Report on lock hospitals in British Burma
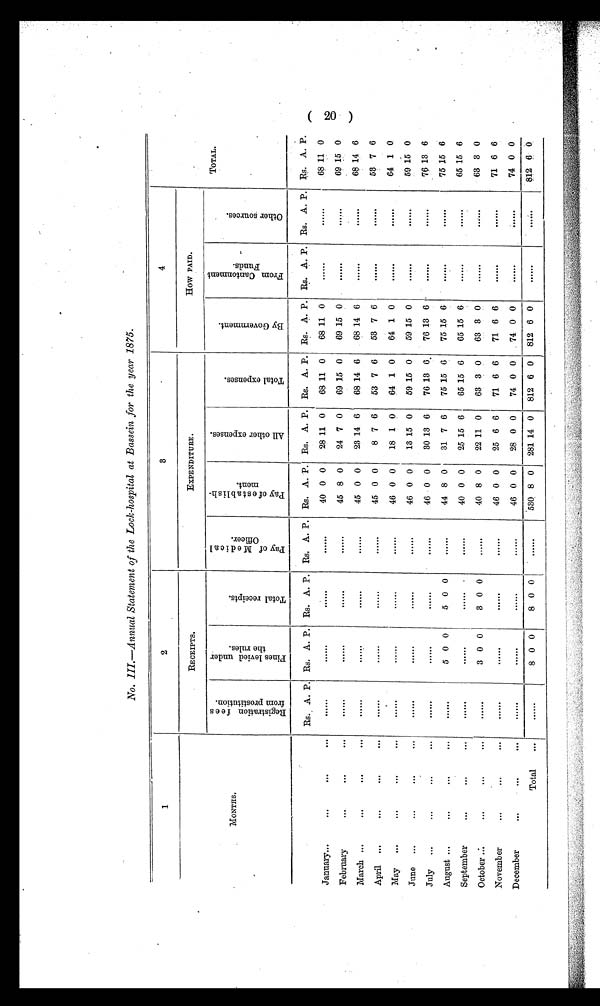
No. III.—Annual Statement of the Lock-hospital at Bassein for the year 1875.
1
2
3
4
TOTAL.
MONTHS .
RECEIPTS .
EXPENDITURE .
HOW PAID.
R e g i s t r a t i o n f e e s
f r o m p r o s t i t u t i o n .
F i n e s l e v i e d u n d e r
t h e r u l e s .
T o t a l r e c e i p t s .
P a y o f M e d i v a l
O f f i c e r .
P a y o f e s t a b l i s h -
m e n t .
A l l o t h e r e x p e n s e s .
T o t a l e x p e n s e s .
B y G o v e r n m e n t .
F r o m C a n t o n m e n t
F u n d s .
O t h e r s o u r c e s .
Rs. A. P. Rs. A. P. Rs. A. P. Rs. A. P. Rs. A. P. Rs. A. P. Rs. A. P. Rs. A. P. Rs. A. P. Rs. A. P. Rs. A. P.
January...
. . .
. . .
...
......
......
......
.....
40 0 0
28 11 0
68 11 0
68 11 0 ......
......
68 11 0
February
. . .
. . .
. . . ......
......
......
......
45 8 0
24 7 0
69 15 0
69 15 0 ......
......
69 15 0
March ...
. . .
. . .
. . . .....
......
......
.....
45 0 0
23 14 6
68 14 6
68 14 6 ......
......
68 14 6
April ...
...
. . .
..
......
......
......
......
45 0 0
8 7 6
53 7 6
53 7 6 ......
......
53 7 6
May
...
...
...
. . . ......
......
......
......
46 0 0
18 1 0
64 1 0
64 1 0 ......
......
64 1 0
June
...
. . .
...
...
......
......
.....
......
46 0 0
13 15 0
59 15 0
59 15 0 ......
......
59 15 0
July
...
...
...
. . . .....
......
.....
......
46 0 0
30 13 6
76 13 6
76 13 6 . . . . . .
......
76 13 6
August
. . .
. . .
...
. . . . . .
5 0 0
5 0 0
......
44 8 0
31 7 6
75 15 6
75 15 6 ......
......
75 15 6
September
...
. . .
...
......
......
......
......
40 0 0
25 15 6
65 15 6
65 15 6 ......
......
65 15 6
October ....
...
...
...
......
3 0 0
3 0 0
......
40 8 0
22 11 0
63 3 0
63 3 0 ......
......
63 3 0
November
...
. . .
. . . ......
......
......
......
46 0 0
25 6 6
71 6 6
71 6 6 ......
......
71 6 6
December
. . .
. . .
Total
...
...
......
8 0 0
8
0 0
......
46 0 0
530
8 0
28 0 0
281 14 0
74 0 0
812 6 0
74 0 0
812 6 0
......
......
74 0 0
812 6 0
(20)